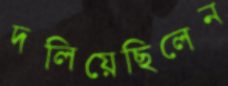
দলিয়েছিলেন